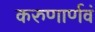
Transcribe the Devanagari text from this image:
करुणार्णवं